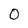
Character: 0